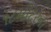
૧૮મીટરના